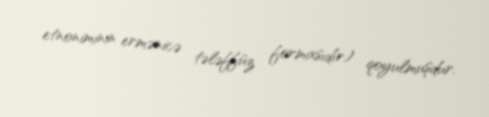
etnoniminin ermənicə tələffüz formasıdır) qoyulmuşdur.